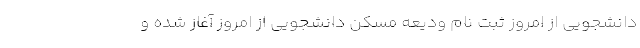
دانشجویی از امروز ثبت نام ودیعه مسکن دانشجویی از امروز آغاز شده و